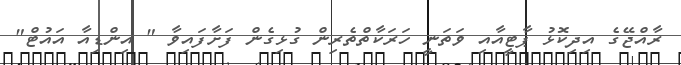
ރާއްޖޭގެ އިދިކޮޅު ޕާޓީއާއި ވަތަނީ ހަރަކާތްތެރިން ގުޅިގެން ފަށާފައިވާ " އިންޑިއާ އައުޓް"